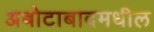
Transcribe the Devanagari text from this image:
अबोटाबादमधील